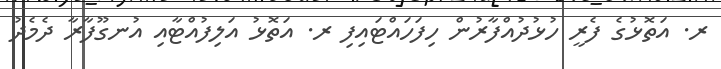
ރ. އަތޮޅުގެ ފެރީ ހުޅުދުއްފާރުން ހިފަހައްޓައިފި ރ. އަތޮޅު އަލިފުއްޓާއި އުނގޫފާރާ ދެމެދު